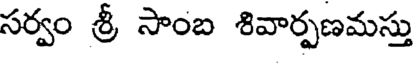
సర్వం శ్రీ సాంబ శివార్పణమస్తు